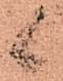
候